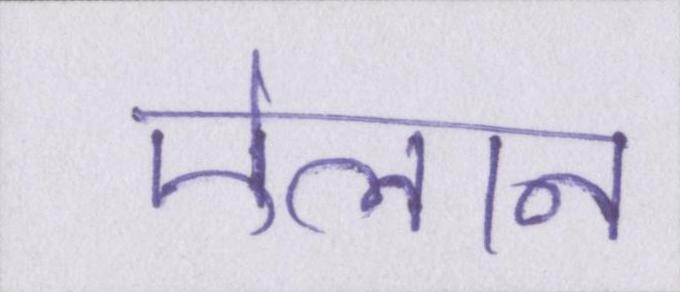
ऐलान